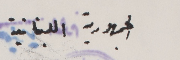
الجمهورية اللبنانية